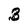
Character: 3